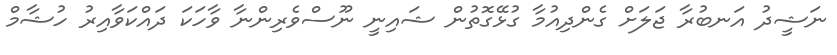
ނަޝީދު އަނބުރާ ޖަލަށް ގެންދިއުމާ ގުޅޭގޮތުން ޝައިނީ ނޫސްވެރިންނާ ވާހަކަ ދައްކަވާއިރު ހުޝާމް